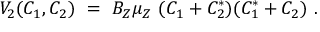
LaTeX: V _ { 2 } ( C _ { 1 } , C _ { 2 } ) \ = \ B _ { Z } \mu _ { Z } \ ( C _ { 1 } + C _ { 2 } ^ { * } ) ( C _ { 1 } ^ { * } + C _ { 2 } ) \ .